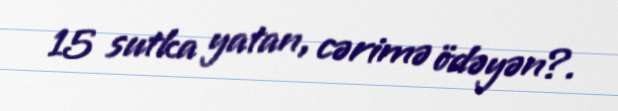
15 sutka yatan, cərimə ödəyən?.